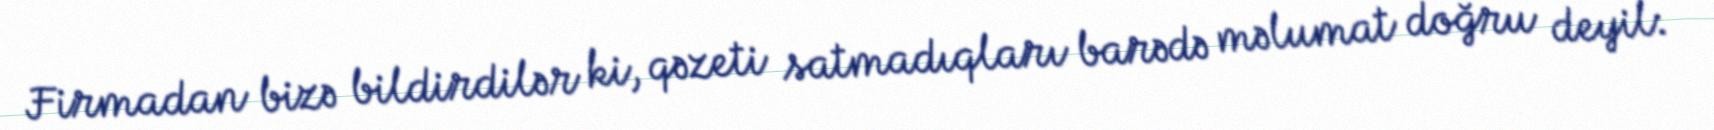
Firmadan bizə bildirdilər ki, qəzeti satmadıqları barədə məlumat doğru deyil: